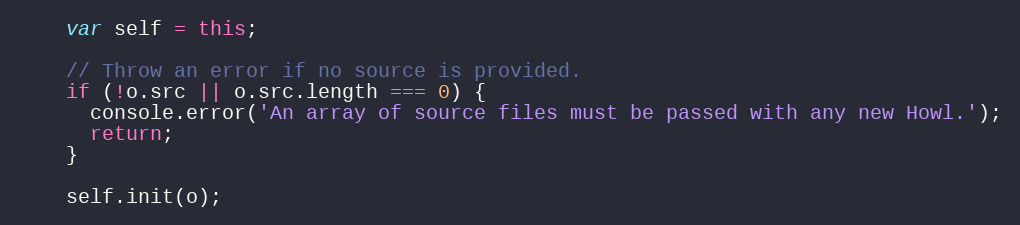
Language: JavaScript
    var self = this;

    // Throw an error if no source is provided.
    if (!o.src || o.src.length === 0) {
      console.error('An array of source files must be passed with any new Howl.');
      return;
    }

    self.init(o);